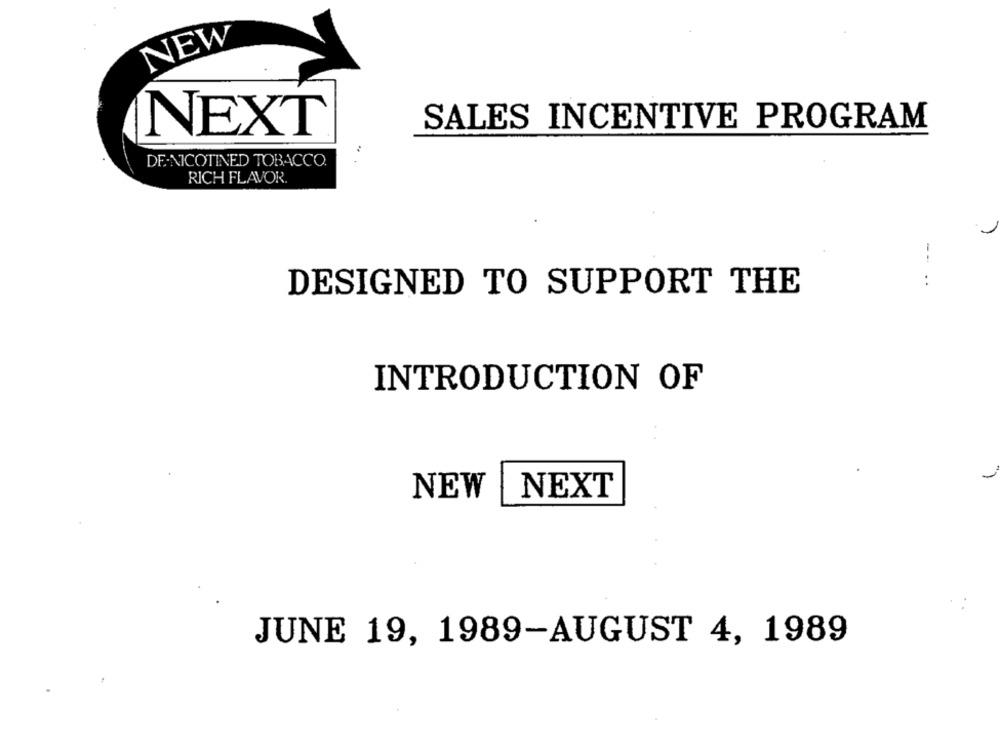
NEW
SALES INCENTIVE PROGRAM
NEXT
DE-NICOTINED TOBACCO.
RICH FLAVOR.
-. ..
DESIGNED TO SUPPORT THE
INTRODUCTION OF
NEXT
NEW
JUNE 19, 1989-AUGUST 4, 1989